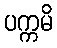
ပက္ကမိ